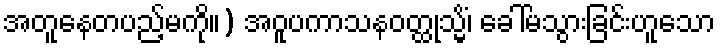
အတူနေတပည့်မကို။) အဝူပကာသနဝတ္ထုသ္မိံ၊ ခေါ်မသွားခြင်းဟူသော